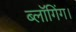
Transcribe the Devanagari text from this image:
ब्लॉगिंग।